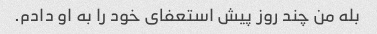
بله من چند روز پیش استعفای خود را به او دادم.